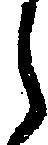
う